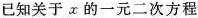
已知关于x的一元二次方程